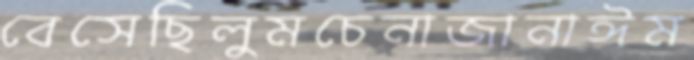
বেসেছিলুমচেনাজানাঈম